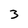
Character: 3